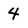
Character: 4